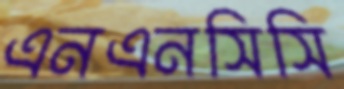
এনএনসিসি